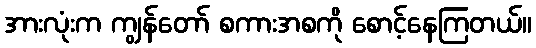
အားလုံးက ကျွန်တော် စကားအစကို စောင့်နေကြတယ်။